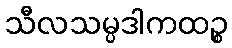
သီလသမ္ပဒါကထဉ္စ